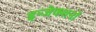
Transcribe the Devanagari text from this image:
इन्जेक्शनों